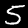
Label: 5